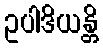
ဥပါဒိယန္တိ